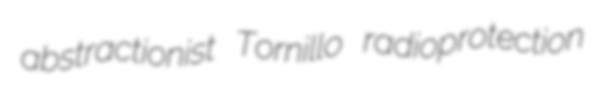
abstractionist Tornillo radioprotection